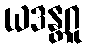
ယဒန္တဂူ